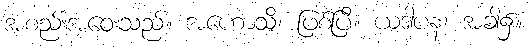
အစည်းအဝေးသည်။ အဟောသိ၊ ဖြစ်ပြီ။ ယဒါပန၊ အခါ၌။